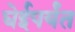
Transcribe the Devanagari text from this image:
घेईपर्यंत